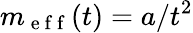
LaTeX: m_{\mathrm{~e~f~f~}}(t)=a/t^{2}